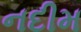
નદીમ